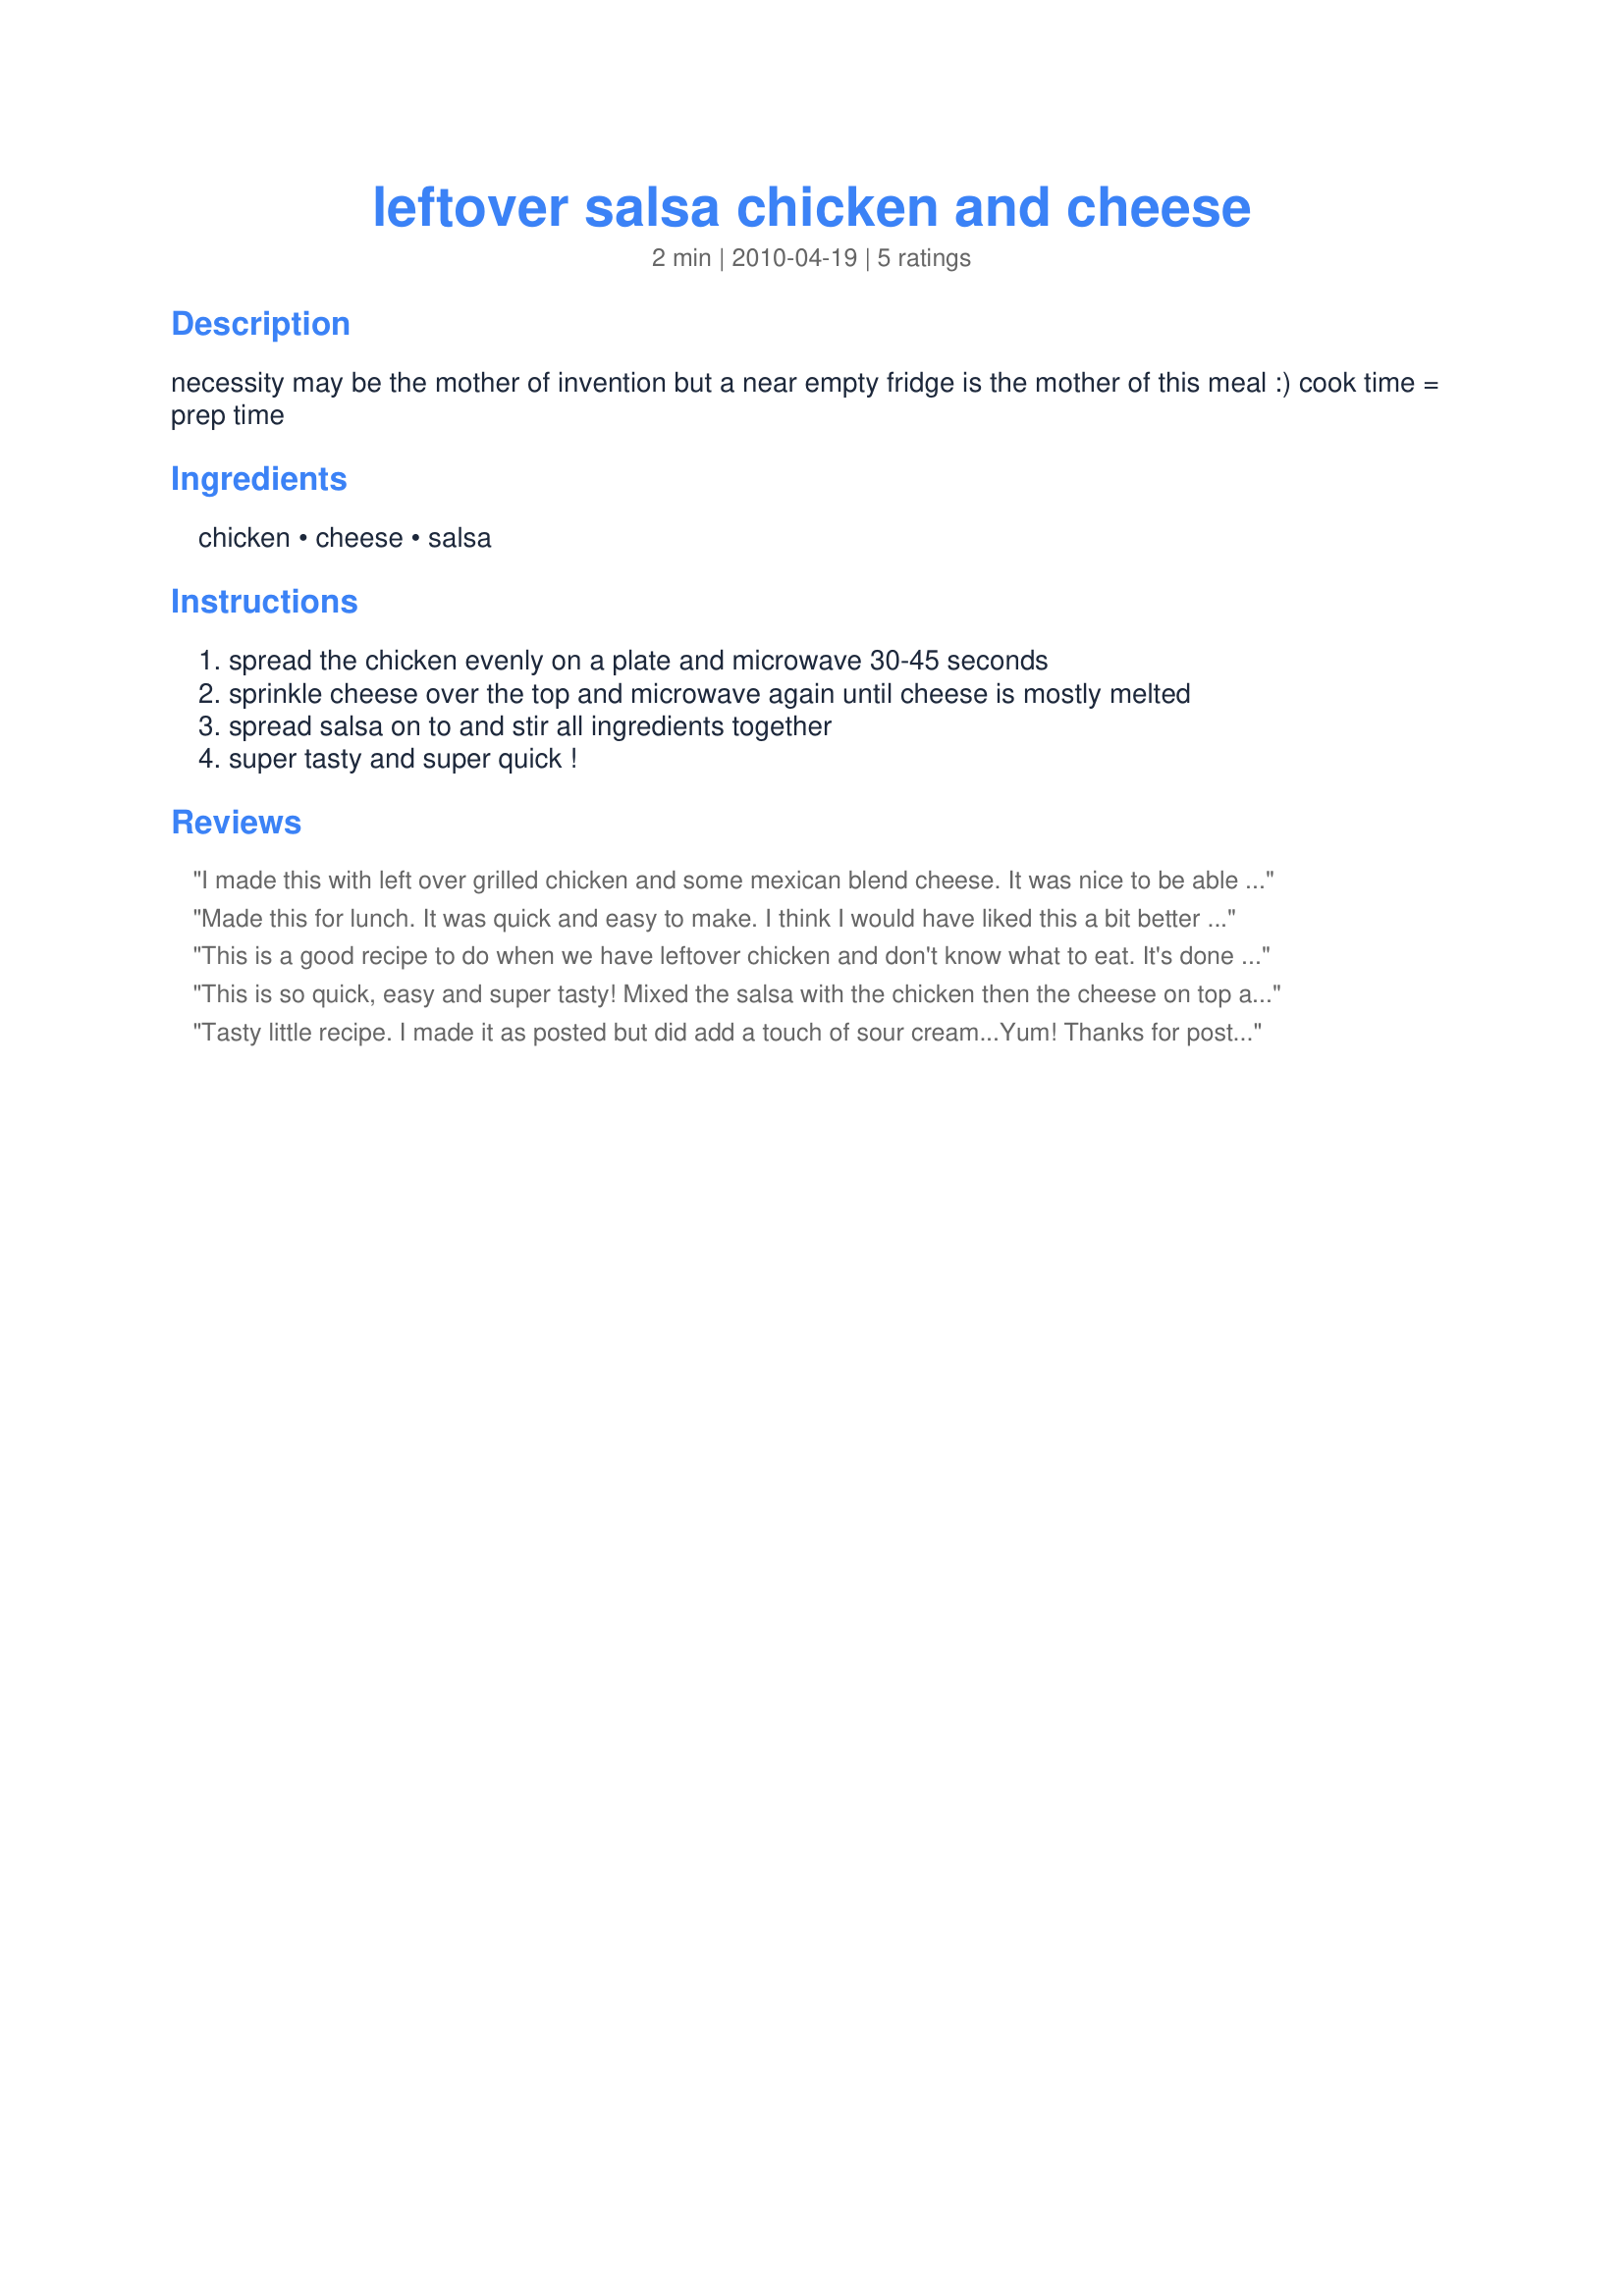
leftover salsa chicken and cheese
Preparation time: 2 minutes

necessity may be the mother of invention but a near empty fridge is the mother of this meal :)

cook time = prep time

Ingredients:
chicken, cheese, salsa

Steps:
spread the chicken evenly on a plate and microwave 30-45 seconds, sprinkle cheese over the top and microwave again until cheese is mostly melted, spread salsa on to and stir all ingredients together, super tasty and super quick !

Reviews:
I made this with left over grilled chicken and some mexican blend cheese. It was nice to be able to throw together dinner and not have to worry about pots and pans. I do think that cooking the salsa with the chicken and then adding the cheese on top would improve the flavor a bit (although I could be way wrong on this!) and I will try it that way next time! Thanks for posting! Made for New Kids on the Block Tag April 2010!
Made this for lunch. It was quick and easy to make. I think I would have liked this a bit better if my chicken would have been seasoned with taco seasoning other then just grilled chicken. I added the salsa and cooked it with the chicken and then topped with cheese and melted that. Made for Spring PAC 2011.
This is a good recipe to do when we have leftover chicken and don't know what to eat. It's done in just a few minutes. Next time DH asked me to put the salsa before the cheese. Thanks RaeMay :) Made for Cookbook tag game
This is so quick, easy and super tasty! Mixed the salsa with the chicken then the cheese on top and served over a quick Mexican flavored rice, excellent!
Tasty little recipe. I made it as posted but did add a touch of sour cream...Yum! Thanks for posting. :)
